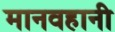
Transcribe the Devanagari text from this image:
मानवहानी